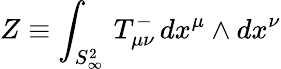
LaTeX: Z\equiv\int_{S_{\infty}^{2}}\, T_{\mu\nu}^{-}\, dx^{\mu}\wedge dx^{\nu}